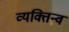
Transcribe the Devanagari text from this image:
व्यक्तिन्व